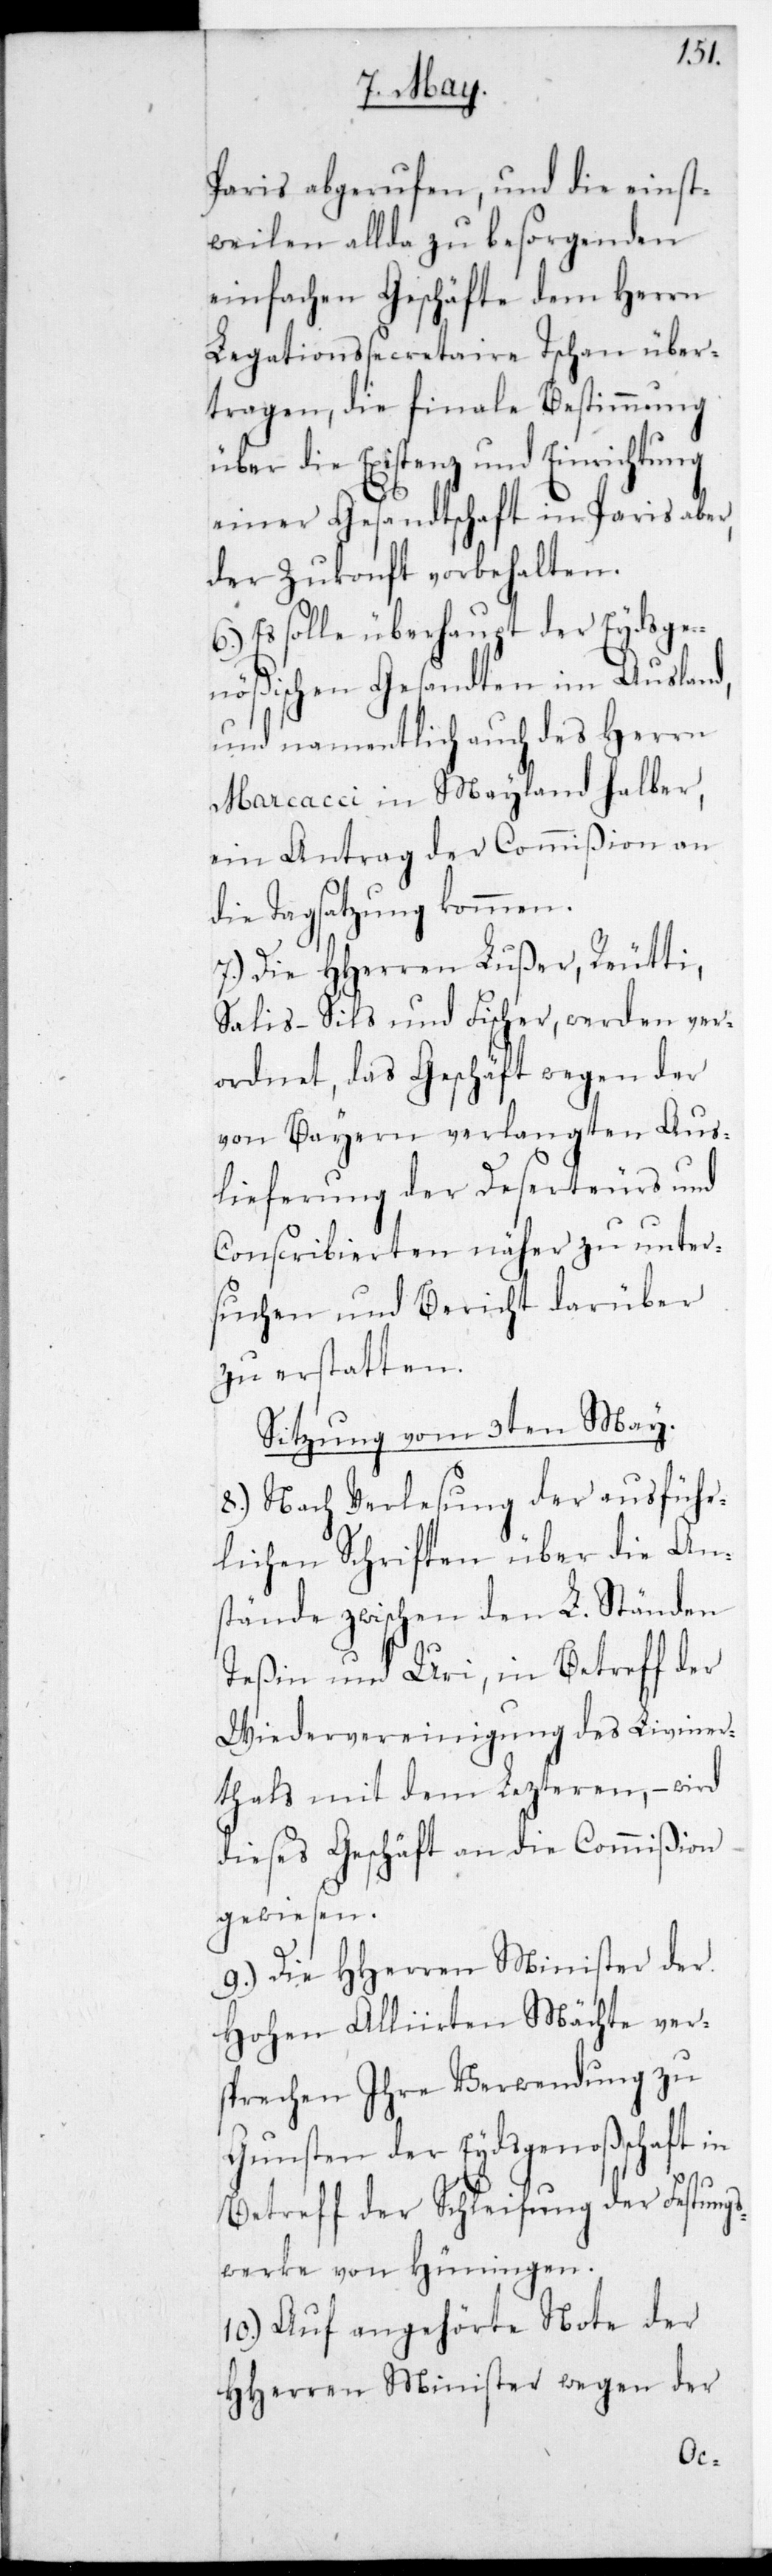
Paris abgerufen, und die einst¬
weilen allda zu besorgenden
einfachen Geschäfte dem Herrn
Legationssecretaire Tschan über¬
tragen, die finale Bestimmung
über die Existenz und Einrichtung
einer Gesandtschaft in Paris aber
der Zukonft vorbehalten.
6.) Es solle überhaupt der Eydsge¬
nößischen Gesandten im Ausland,
und namentlich auch des Herrn
Marcacci in Mayland halber,
ein Antrag der Commißion an
die Tagsatzung kommen.
7.) Die HHerren Lußer, Reutti,
Salis-Sils und Fischer, werden ver¬
ordnet, das Geschäft wegen der
von Bayern verlangten Aus¬
lieferung der Deserteurs und
Conscribierten näher zu unter¬
suchen und Bericht darüber
zu erstatten.
Sitzung vom 3ten May.
8.) Nach Verlesung der ausführ¬
lichen Schriften über die Ans¬
tände zwischen den L. Ständen
Teßin und Uri, in Betreff der
Wiedervereinigung des Liviner¬
thals mit dem letzteren, – wird
dieses Geschäft an die Commißion
gewiesen.
9.) Die HHerren Minister der
Hohen Alliirten Mächte ver¬
sprechen ihre Verwendung zu
Gunsten der Eydsgenoßenschaft in
Betreff der Schleifung der Festungs¬
werke von Hüningen.
10.) Auf angehörte Note der
HHerren Minister wegen der